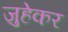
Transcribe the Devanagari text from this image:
जुहेकर